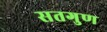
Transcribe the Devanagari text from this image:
सतगुण